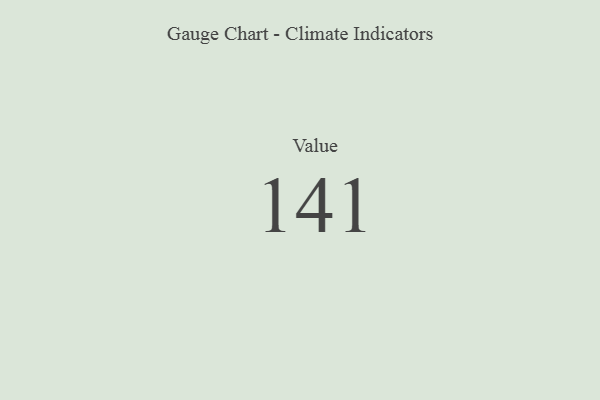
{"axis": {"x": "Metric", "y": "Value"}, "legend": [""], "data": [{"x": "Value", "y": 141, "type": ""}]}